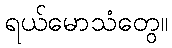
ရယ်မောသံတွေ။